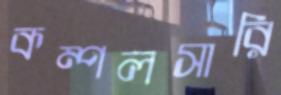
কম্পলসারি